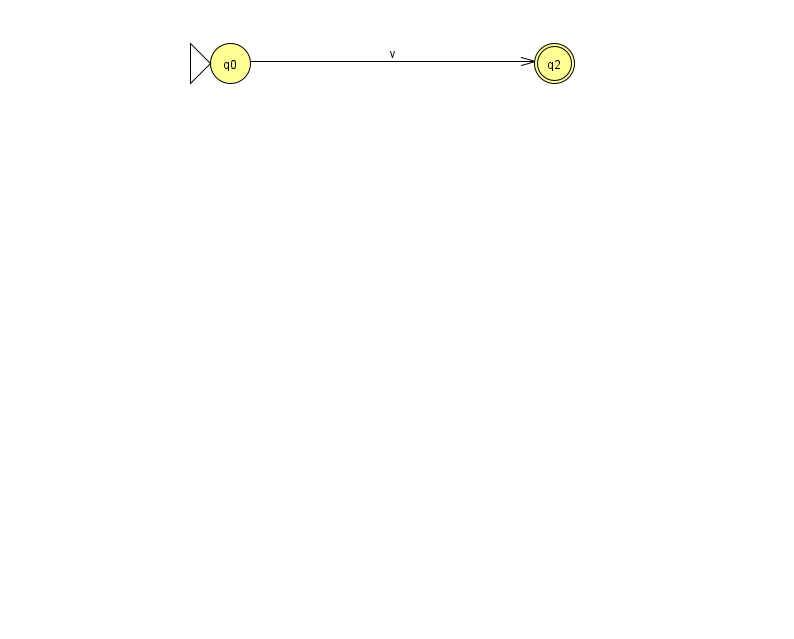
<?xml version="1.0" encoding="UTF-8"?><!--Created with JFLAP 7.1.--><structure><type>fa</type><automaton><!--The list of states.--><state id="0" name="q0"><x>230.0</x><y>50.0</y><initial/></state><state id="2" name="q2"><x>554.0</x><y>50.0</y><final/></state><!--The list of transitions.--><transition><from>0</from><to>2</to><read>v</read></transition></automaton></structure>